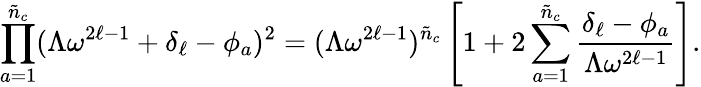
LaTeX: \prod_{a=1}^{\tilde{n}_{c}}(\Lambda\omega^{2\ell-1}+\delta_{\ell}-\phi_{a})^{2}=(\Lambda\omega^{2\ell-1})^{\tilde{n}_{c}}\left[1+2\sum_{a=1}^{\tilde{n}_{c}}\frac{\delta_{\ell}-\phi_{a}}{\Lambda\omega^{2\ell-1}}\right].